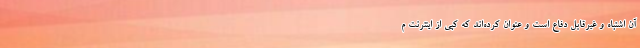
آن اشتباه و غیرقابل دفاع است و عنوان کرده‌اند که کپی از اینترنت م